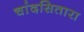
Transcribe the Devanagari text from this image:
चांदसितारा